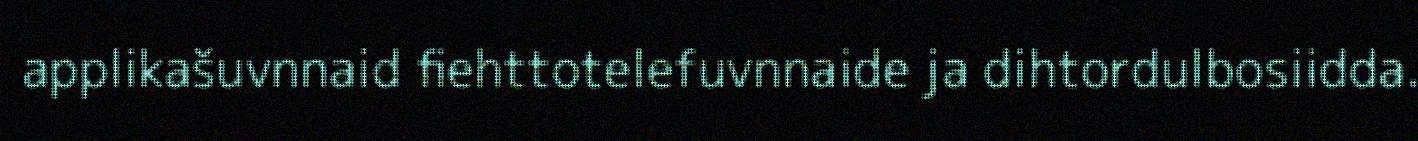
applikašuvnnaid fiehttotelefuvnnaide ja dihtordulbosiidda.